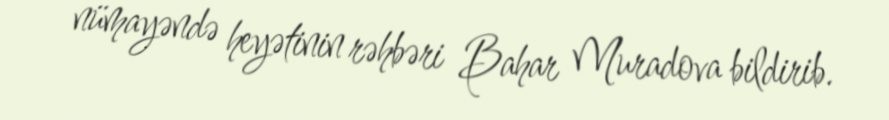
nümayəndə heyətinin rəhbəri Bahar Muradova bildirib.